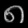
Digit: ၈